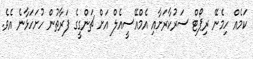
ކަމެއް ހިމެނޭ ރިޕޯޓް ސަރުކާރަށާއި އެމްއޭސީއެލް އަށް ޗަންގީގެ ފަރާތުން ހުށަހަޅާނެ އެވެ.